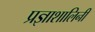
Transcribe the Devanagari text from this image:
प्रज्ञाशालिनी